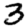
Digit: 3